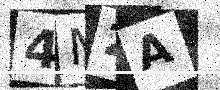
Text: 4M2A